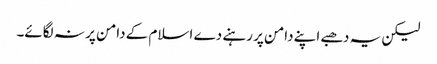
لیکن یہ دھبے اپنے دامن پر رہنے دے اسلام کے دامن پر نہ لگائے۔